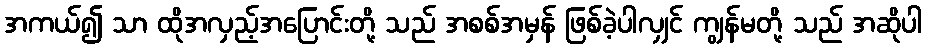
အကယ်၍ သာ ထိုအလှည့်အပြောင်းတို့ သည် အစစ်အမှန် ဖြစ်ခဲ့ပါလျှင် ကျွန်မတို့ သည် အဆိုပါ